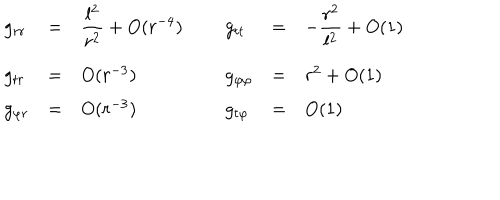
\begin{array} { l l l l l l l } { { g _ { r r } } } & { { = } } & { { \displaystyle \frac { l ^ { 2 } } { r ^ { 2 } } + O ( r ^ { - 4 } ) \; } } & { { } } & { { g _ { t t } } } & { { = } } & { { \displaystyle - \frac { r ^ { 2 } } { l ^ { 2 } } + O ( 1 ) \; } } \\ { { g _ { t r } } } & { { = } } & { { O ( r ^ { - 3 } ) \; } } & { { } } & { { g _ { \varphi \varphi } } } & { { = } } & { { r ^ { 2 } + O ( 1 ) \; } } \\ { { g _ { \varphi r } } } & { { = } } & { { O ( r ^ { - 3 } ) \; } } & { { } } & { { g _ { t \varphi } } } & { { = } } & { { O ( 1 ) \; } } \\ \end{array}